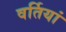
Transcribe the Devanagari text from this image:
वर्तियां